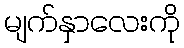
မျက်နှာလေးကို